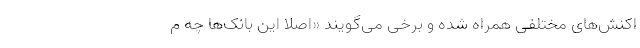
اکنش‌های مختلفی همراه شده و برخی می‌گویند «اصلاً این بانک‌ها چه م